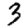
Digit: 3